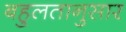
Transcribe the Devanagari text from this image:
बहुलतानुसार